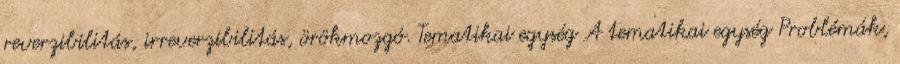
reverzibilitás, irreverzibilitás, örökmozgó. Tematikai egység A tematikai egység Problémák,